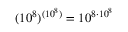
( 1 0 ^ { 8 } ) ^ { ( 1 0 ^ { 8 } ) } = 1 0 ^ { 8 \cdot 1 0 ^ { 8 } }